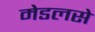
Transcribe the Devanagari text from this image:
मेडलसे